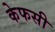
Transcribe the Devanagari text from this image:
केफसी